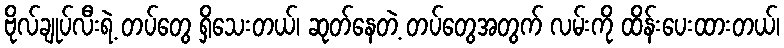
ဗိုလ်ချုပ်လီးရဲ့ တပ်တွေ ရှိသေးတယ်၊ ဆုတ်နေတဲ့ တပ်တွေအတွက် လမ်းကို ထိန်းပေးထားတယ်၊